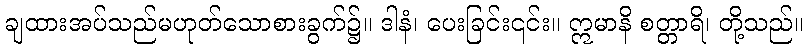
ချထားအပ်သည်မဟုတ်သောစားခွက်၌။ ဒါနံ၊ ပေးခြင်း၎င်း။ ဣမာနိ စတ္တာရိ၊ တို့သည်။